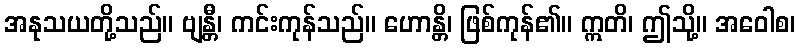
အနုသယတို့သည်။ ဗျန္တီ၊ ကင်းကုန်သည်။ ဟောန္တိ၊ ဖြစ်ကုန်၏။ ဣတိ၊ ဤသို့။ အဝေါစ၊